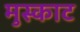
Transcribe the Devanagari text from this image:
मुस्काट